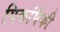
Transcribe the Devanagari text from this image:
पिकांपैकी